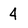
Character: 4